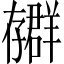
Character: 𫲳